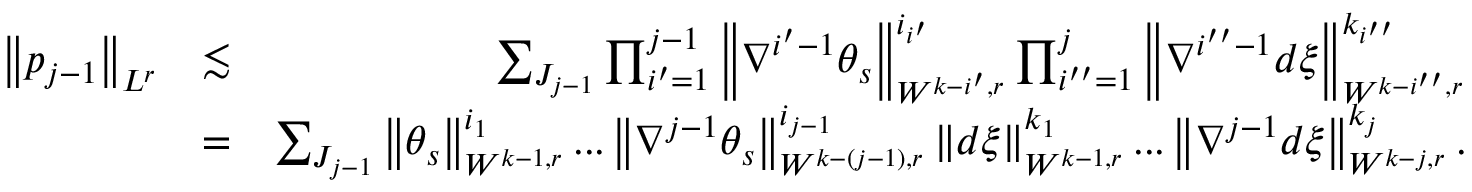
\begin{array} { r l r } { \left\Vert p _ { j - 1 } \right\Vert _ { L ^ { r } } } & { \lesssim } & { \sum _ { J _ { j - 1 } } \prod _ { i ^ { \prime } = 1 } ^ { j - 1 } \left\Vert \nabla ^ { i ^ { \prime } - 1 } \theta _ { s } \right\Vert _ { W ^ { k - i ^ { \prime } , r } } ^ { i _ { i ^ { \prime } } } \prod _ { i ^ { \prime \prime } = 1 } ^ { j } \left\Vert \nabla ^ { i ^ { \prime \prime } - 1 } d \xi \right\Vert _ { W ^ { k - i ^ { \prime \prime } , r } } ^ { k _ { i ^ { \prime \prime } } } } \\ & { = } & { \sum _ { J _ { j - 1 } } \left\Vert \theta _ { s } \right\Vert _ { W ^ { k - 1 , r } } ^ { i _ { 1 } } . . . \left\Vert \nabla ^ { j - 1 } \theta _ { s } \right\Vert _ { W ^ { k - \left( j - 1 \right) , r } } ^ { i _ { j - 1 } } \left\Vert d \xi \right\Vert _ { W ^ { k - 1 , r } } ^ { k _ { 1 } } . . . \left\Vert \nabla ^ { j - 1 } d \xi \right\Vert _ { W ^ { k - j , r } } ^ { k _ { j } } . } \end{array}